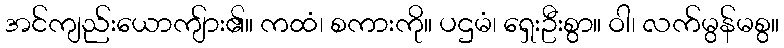
အင်ကျည်းယောကျ်ား၏။ ကထံ၊ စကားကို။ ပဌမံ၊ ရှေးဦးစွာ။ ဝါ၊ လက်မွန်မစွ။